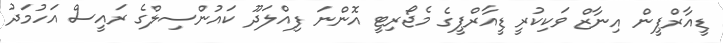
ޑީއާރްޕީން އިނާޒް ވަކިކުރީ ޑީއާރްޕީގެ މެޖޯރިޓީ އޮންނަ ފިއްލަދޫ ކައުންސިލްގެ ރައީސް އަހުމަދު